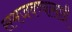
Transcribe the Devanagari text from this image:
समजवण्यासाठी